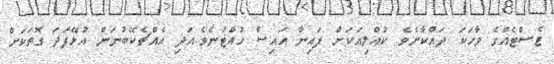
ޓެސްޓެއްގެ ވާހަކަ ދައްކާށެވެ. ކުއްލިއަކަށް ފައިނާ އައިސް ހުއްޓުނެވެ.އަދި އެއްޗެކޭބުނަން އުޅޭފަދަ ގޮތަކަށް